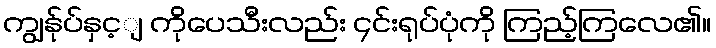
ကျွန်ုပ်နှင့ျ ကိုပေသီးလည်း ၄င်းရုပ်ပုံကို ကြည့်ကြလေ၏။